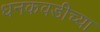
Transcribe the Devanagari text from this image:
धनकवडीच्या